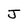
Character: J